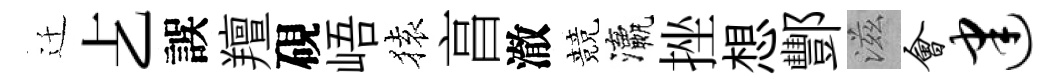
迁𠧒誤羶硯峿𫞤亯澈競瀛挫想酆滋会建